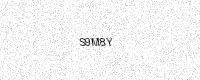
Text: S9M8Y